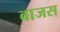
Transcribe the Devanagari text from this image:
वाजस